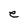
Character: e